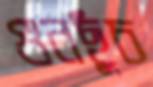
গুনছুঁচ